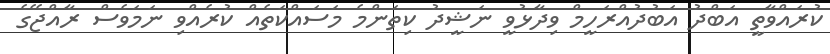
ކުރައްވާތީ އަބްދު އަބުދުއްރަހީމް ވިދާޅުވީ ނަޝީދު ކިތަންމެ މަސައްކަތެއް ކުރެއްވި ނަމަވެސް ރާއްޖޭގެ